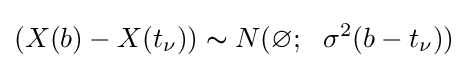
(X(b)-X(t_{\nu }))\thicksim N(\varnothing ;\ \ \sigma ^{2}(b-t_{\nu }))